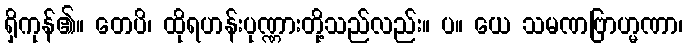
ရှိကုန်၏။ တေပိ၊ ထိုရဟန်းပုဏ္ဏားတို့သည်လည်း။ ပ။ ယေ သမဏဗြာဟ္မဏာ၊